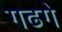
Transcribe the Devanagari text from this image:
गढगे